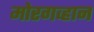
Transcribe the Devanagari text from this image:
मोरगव्हान